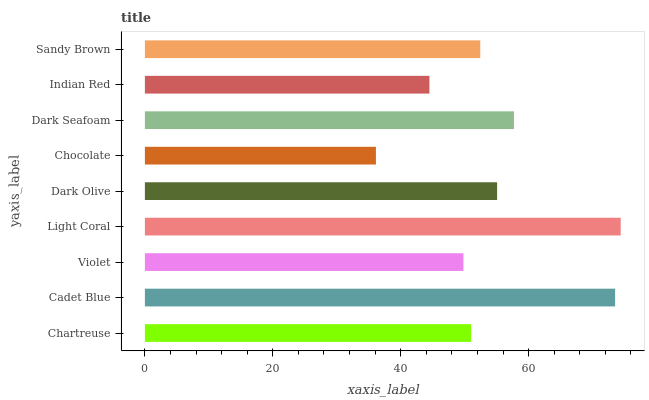
| yaxis_label | bars |
 | --- | --- |
 | Chartreuse | 51 |
 | Cadet Blue | 73.5 |
 | Violet | 49.8 |
 | Light Coral | 74.4 |
 | Dark Olive | 55.1 |
 | Chocolate | 36.1 |
 | Dark Seafoam | 57.7 |
 | Indian Red | 44.5 |
 | Sandy Brown | 52.4 |